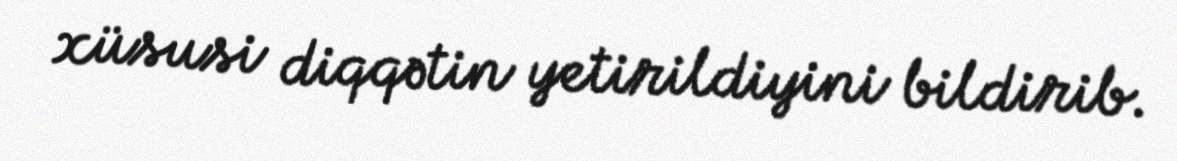
xüsusi diqqətin yetirildiyini bildirib.